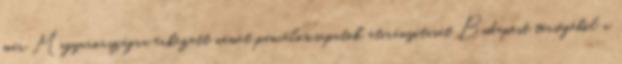
már Magyarországra érkezett német páncéloscsapatok átirányítását Budapest térségébõl a